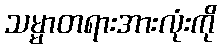
သမ္မာတရားအားလုံးကို